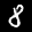
Label: 8